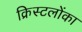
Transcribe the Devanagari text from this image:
क्रिस्टलोंका